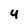
Character: 4